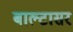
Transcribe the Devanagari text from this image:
बाल्टासर